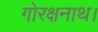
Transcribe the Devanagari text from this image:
गोरक्षनाथ।